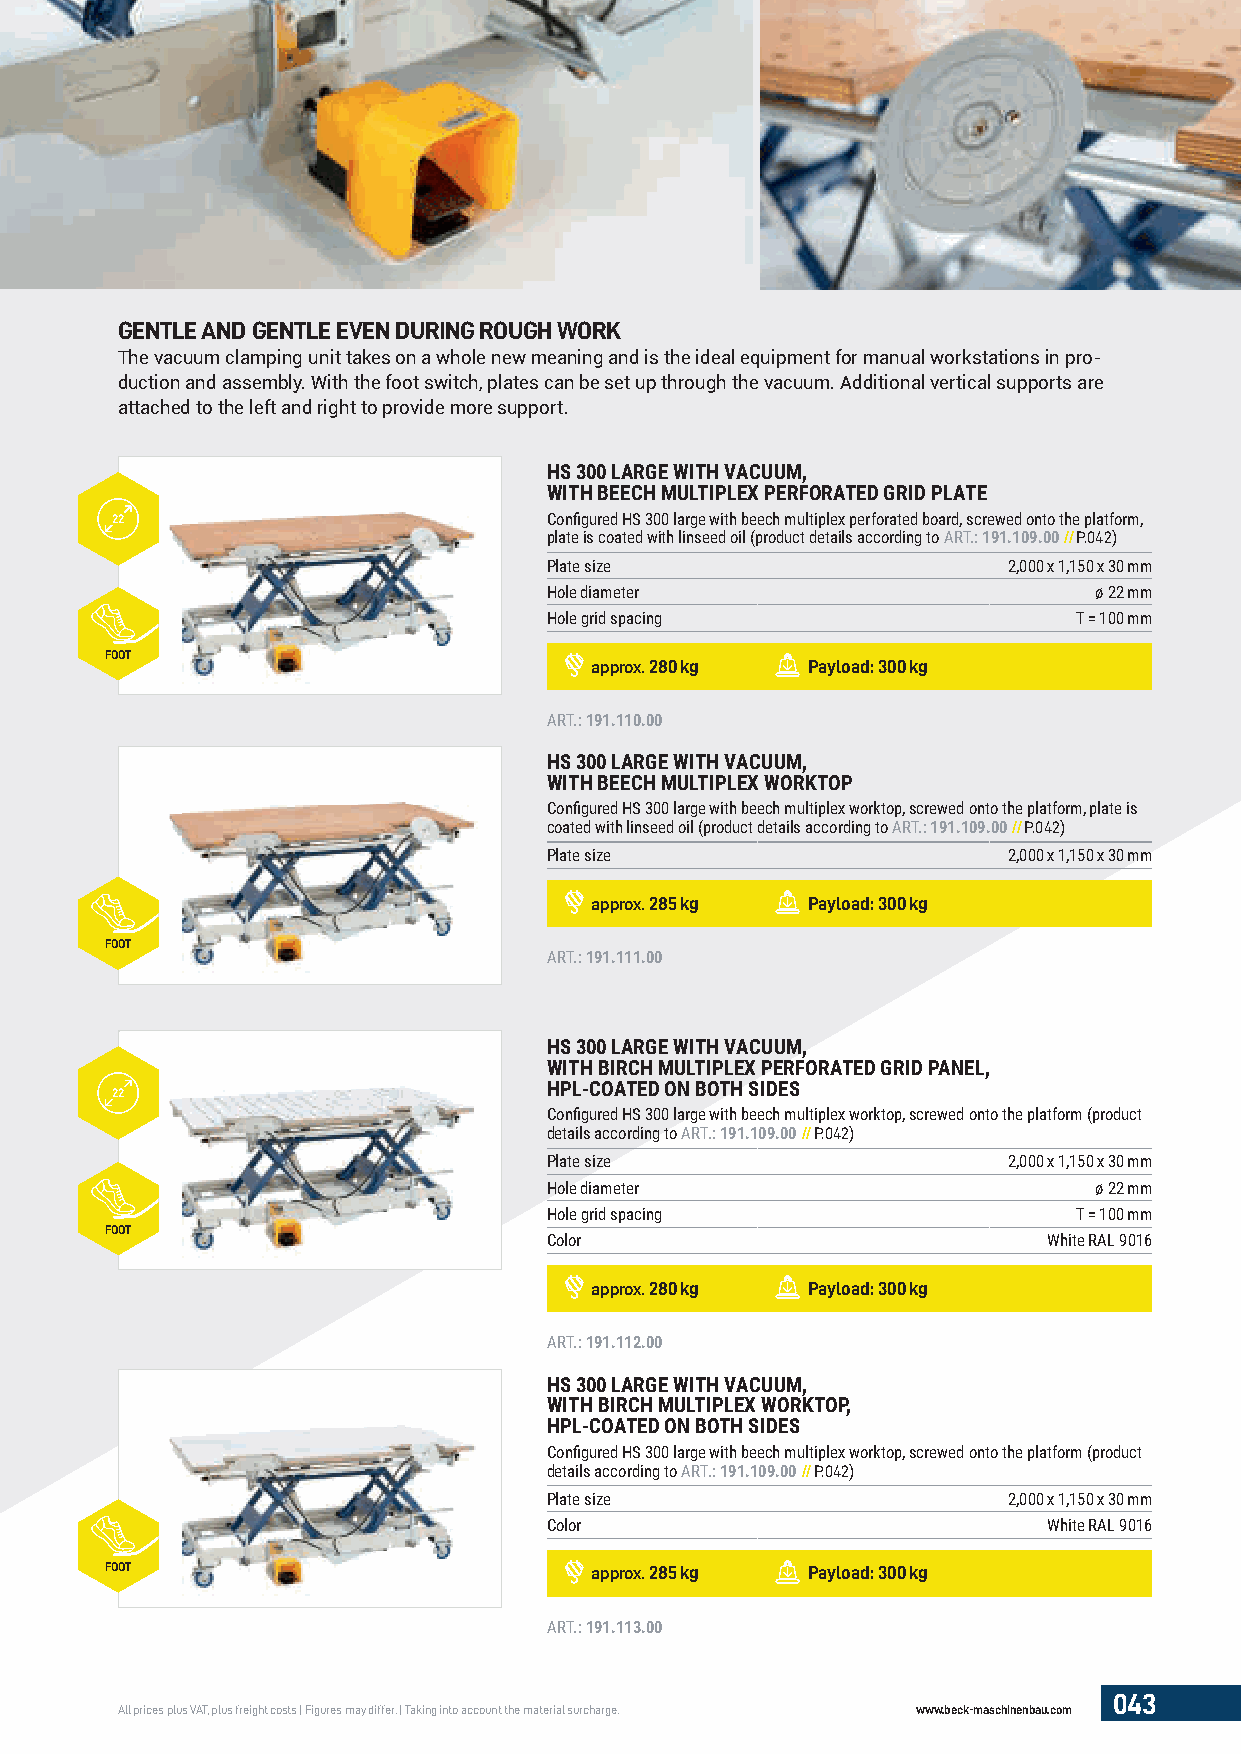
GENTLE AND GENTLE EVEN DURING ROUGH WORK
 The vacuum clamping unit takes on a whole new meaning and is the ideal equipment for manual workstations in pro-
 duction and assembly. With the foot switch, plates can be set up through the vacuum. Additional vertical supports are
 attached to the left and right to provide more support.
 HS 300 LARGE WITH VACUUM,
 WITH BEECH MULTIPLEX PERFORATED GRID PLATE
 22                           Confi gured HS 300 large with beech multiplex perforated board, screwed onto the platform,
 plate is coated with linseed oil (product details according to ART.: 191.109.00//P.042)
 Plate size                     2,000 x 1,150 x 30 mm
 Hole diameter                       ø 22 mm
 Hole grid spacing                  T = 100 mm
 FOOT
 approx. 280 kg Payload: 300 kg
 ART.: 191.110.00
 HS 300 LARGE WITH VACUUM,
 WITH BEECH MULTIPLEX WORKTOP
 Confi gured HS 300 large with beech multiplex worktop, screwed onto the platform, plate is
 coated with linseed oil (product details according to ART.: 191.109.00//P.042)
 Plate size                     2,000 x 1,150 x 30 mm
 approx. 285 kg Payload: 300 kg
 FOOT
 ART.: 191.111.00
 HS 300 LARGE WITH VACUUM,
 WITH BIRCH MULTIPLEX PERFORATED GRID PANEL,
 HPL-COATED ON BOTH SIDES
 22
 Confi gured HS 300 large with beech multiplex worktop, screwed onto the platform (product
 details according to ART.: 191.109.00//P.042)
 Plate size                     2,000 x 1,150 x 30 mm
 Hole diameter                       ø 22 mm
 Hole grid spacing                  T = 100 mm
 FOOT
 Color                            White RAL 9016
 approx. 280 kg Payload: 300 kg
 ART.: 191.112.00
 HS 300 LARGE WITH VACUUM,
 WITH BIRCH MULTIPLEX WORKTOP,
 HPL-COATED ON BOTH SIDES
 Confi gured HS 300 large with beech multiplex worktop, screwed onto the platform (product
 details according to ART.: 191.109.00//P.042)
 Plate size                     2,000 x 1,150 x 30 mm
 Color                            White RAL 9016
 FOOT                            approx. 285 kg Payload: 300 kg
 ART.: 191.113.00
 043
 All prices plus VAT, plus freight costs | Figures may differ. | Taking into account the material surcharge. www.beck-maschinenbau.com